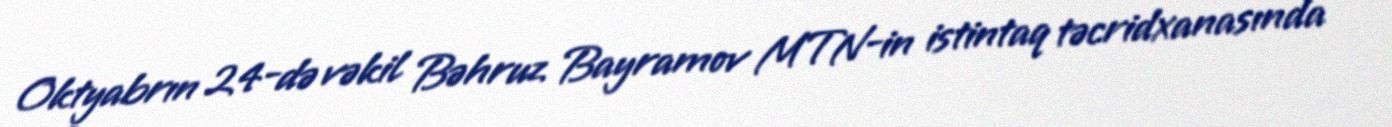
Oktyabrın 24-də vəkil Bəhruz Bayramov MTN-in istintaq təcridxanasında